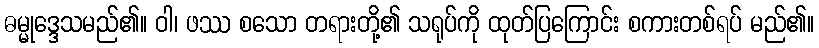
ဓမ္မုဒ္ဒေသမည်၏။ ဝါ၊ ဖဿ စသော တရားတို့၏ သရုပ်ကို ထုတ်ပြကြောင်း စကားတစ်ရပ် မည်၏။